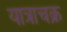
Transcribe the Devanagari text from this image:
यात्राचक्र